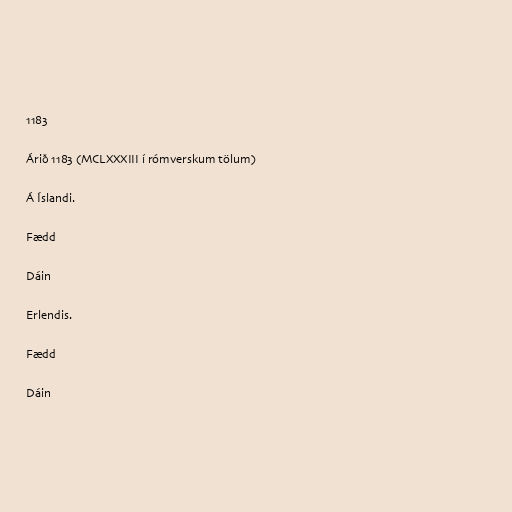
1183

Árið 1183 (MCLXXXIII í rómverskum tölum)

Á Íslandi.

Fædd

Dáin

Erlendis.

Fædd

Dáin